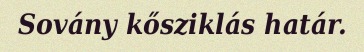
Sovány kősziklás határ.